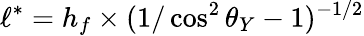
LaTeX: \ell^{*}=h_{f}\times(1/\cos^{2}\theta_{Y}-1)^{-1/2}